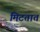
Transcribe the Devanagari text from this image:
मिटतात